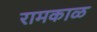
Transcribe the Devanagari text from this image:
रामकाळ